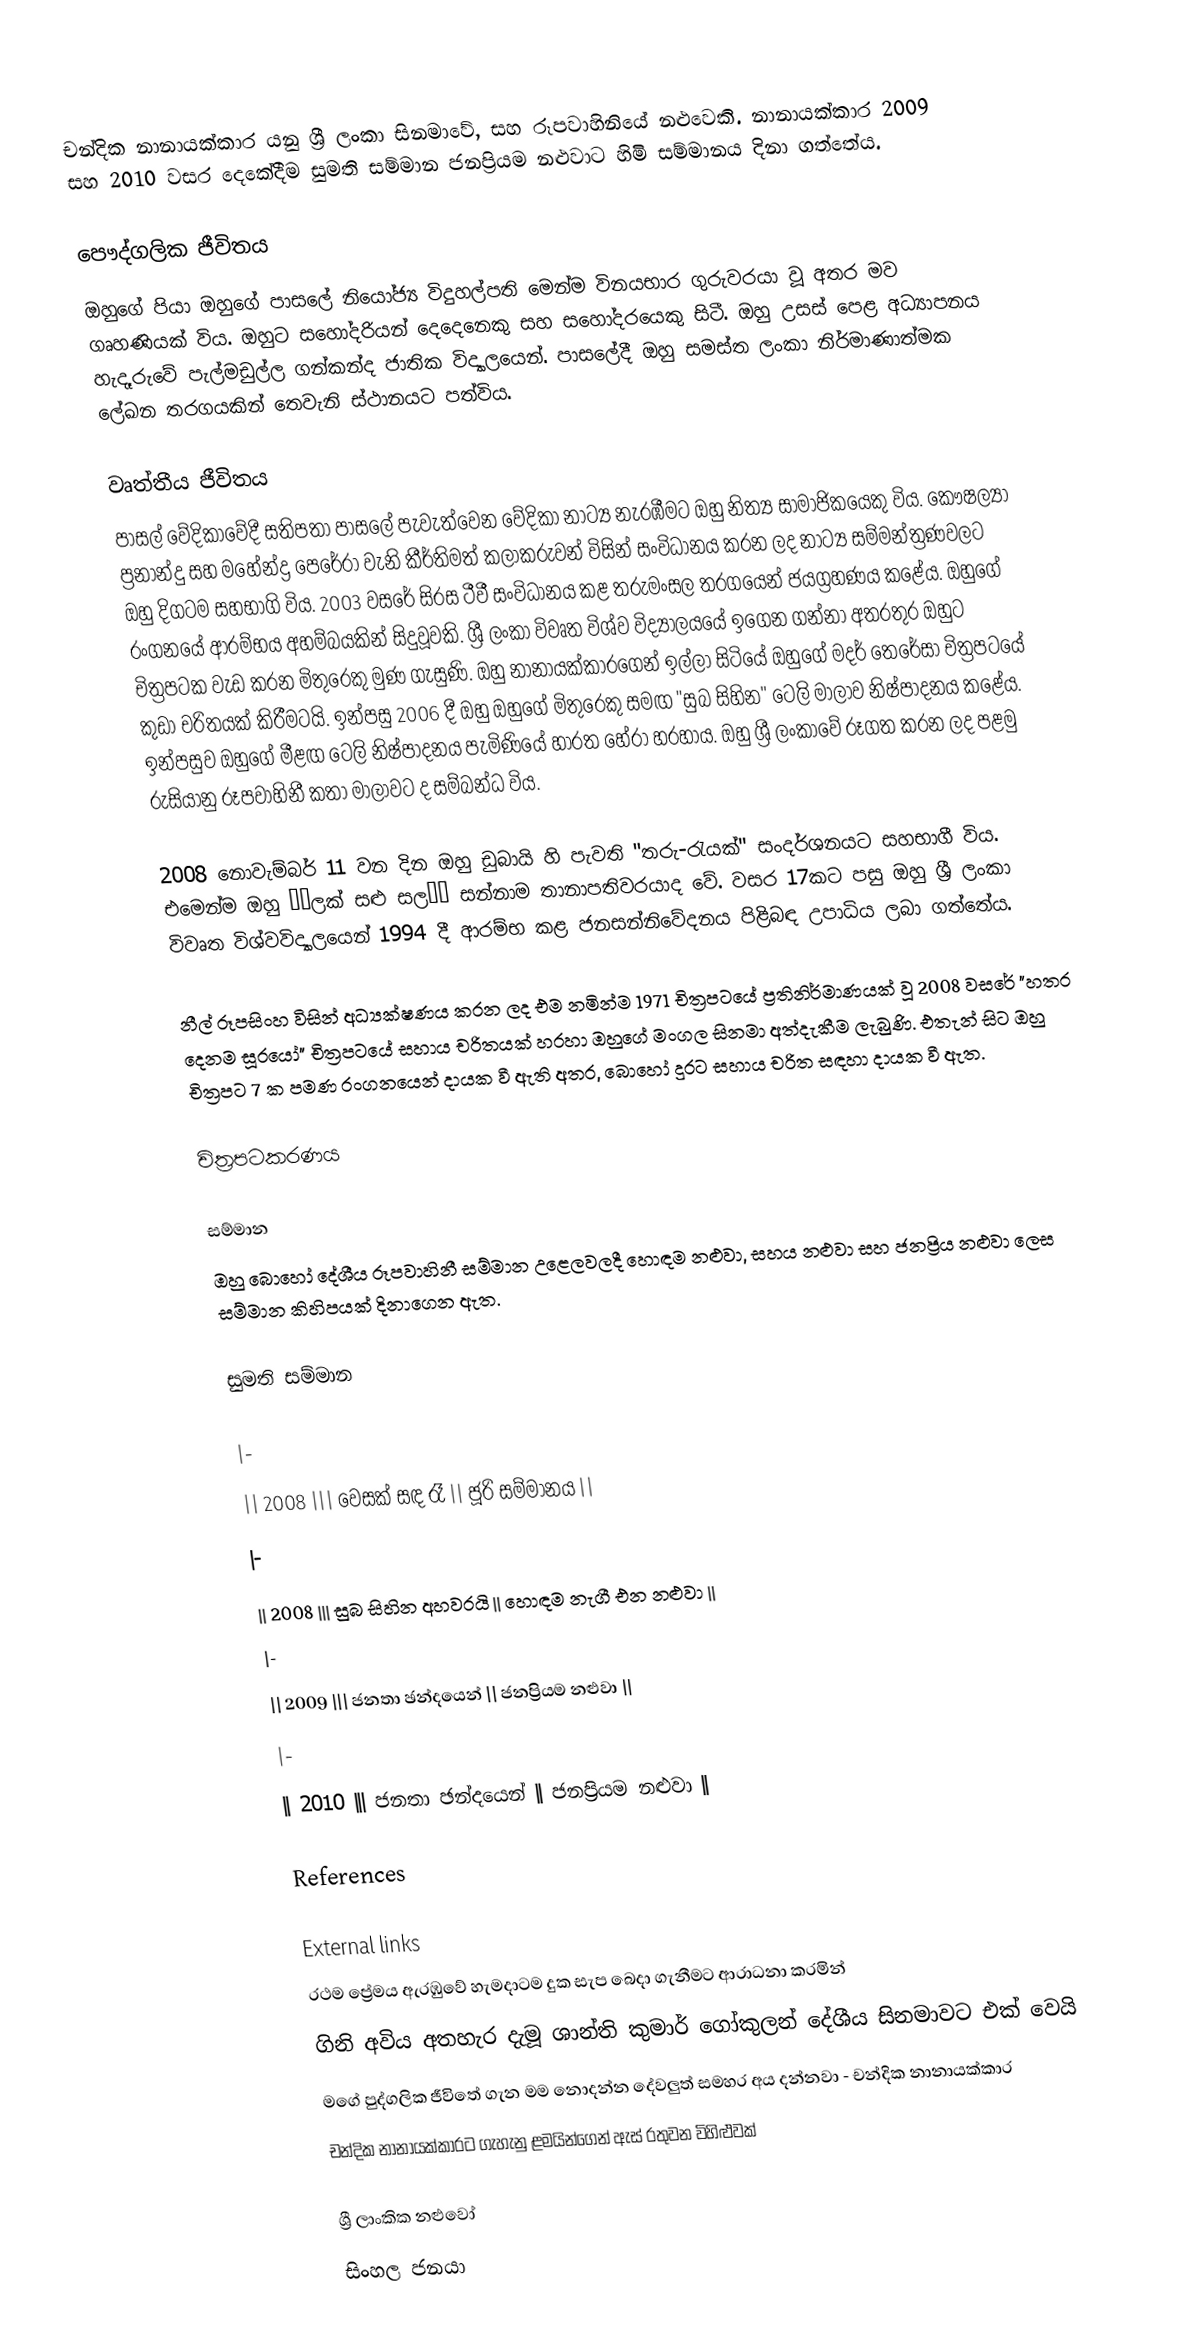
චන්දික නානායක්කාර යනු ශ්‍රී ලංකා සිනමාවේ, සහ රූපවාහිනියේ නළුවෙකි. නානායක්කාර 2009 සහ 2010 වසර දෙකේදීම සුමති සම්මාන ජනප්‍රියම නළුවාට හිමි සම්මානය දිනා ගත්තේය.

පෞද්ගලික ජීවිතය
ඔහුගේ පියා ඔහුගේ පාසලේ නියෝජ්‍ය විදුහල්පති මෙන්ම විනයභාර ගුරුවරයා වූ අතර මව ගෘහණියක් විය. ඔහුට සහෝදරියන් දෙදෙනෙකු සහ සහෝදරයෙකු සිටී. ඔහු උසස් පෙළ අධ්‍යාපනය හැදෑරුවේ පැල්මඩුල්ල ගන්කන්ද ජාතික විද්‍යාලයෙන්. පාසලේදී ඔහු සමස්ත ලංකා නිර්මාණාත්මක ලේඛන තරගයකින් තෙවැනි ස්ථානයට පත්විය.

වෘත්තීය ජීවිතය
පාසල් වේදිකාවේදී සතිපතා පාසලේ පැවැත්වෙන වේදිකා නාට්‍ය නැරඹීමට ඔහු නිත්‍ය සාමාජිකයෙකු විය. කෞෂල්‍යා ප්‍රනාන්දු සහ මහේන්ද්‍ර පෙරේරා වැනි කීර්තිමත් කලාකරුවන් විසින් සංවිධානය කරන ලද නාට්‍ය සම්මන්ත්‍රණවලට ඔහු දිගටම සහභාගි විය. 2003 වසරේ සිරස ටීවී සංවිධානය කළ තරුමංසල තරගයෙන් ජයග්‍රහණය කළේය. ඔහුගේ රංගනයේ ආරම්භය අහම්බයකින් සිදුවූවකි. ශ්‍රී ලංකා විවෘත විශ්ව විද්‍යාලයයේ ඉගෙන ගන්නා අතරතුර ඔහුට චිත්‍රපටක වැඩ කරන මිතුරෙකු මුණ ගැසුණි. ඔහු නානායක්කාරගෙන් ඉල්ලා සිටියේ ඔහුගේ මදර් තෙරේසා චිත්‍රපටයේ කුඩා චරිතයක් කිරීමටයි. ඉන්පසු 2006 දී ඔහු ඔහුගේ මිතුරෙකු සමඟ "සුබ සිහින" ටෙලි මාලාව නිෂ්පාදනය කළේය. ඉන්පසුව ඔහුගේ මීළඟ ටෙලි නිෂ්පාදනය පැමිණියේ හාරත හේරා හරහාය. ඔහු ශ්‍රී ලංකාවේ රූගත කරන ලද පළමු රුසියානු රූපවාහිනී කතා මාලාවට ද සම්බන්ධ විය.

2008 නොවැම්බර් 11 වන දින ඔහු ඩුබායි හි පැවති "තරු-රැයක්" සංදර්ශනයට සහභාගී විය. එමෙන්ම ඔහු ‘‘ලක් සළු සල’’ සන්නාම තානාපතිවරයාද වේ. වසර 17කට පසු ඔහු ශ්‍රී ලංකා විවෘත විශ්වවිද්‍යාලයෙන් 1994 දී ආරම්භ කළ ජනසන්නිවේදනය පිළිබඳ උපාධිය ලබා ගත්තේය.

නීල් රූපසිංහ විසින් අධ්‍යක්ෂණය කරන ලද එම නමින්ම 1971 චිත්‍රපටයේ ප්‍රතිනිර්මාණයක් වූ 2008 වසරේ "හතර දෙනම සූරයෝ" චිත්‍රපටයේ සහාය චරිතයක් හරහා ඔහුගේ මංගල සිනමා අත්දැකීම ලැබුණි. එතැන් සිට ඔහු චිත්‍රපට 7 ක පමණ රංගනයෙන් දායක වී ඇති අතර, බොහෝ දුරට සහාය චරිත සඳහා දායක වී ඇත.

චිත්‍රපටකරණය

සම්මාන
ඔහු බොහෝ දේශීය රූපවාහිනී සම්මාන උළෙලවලදී හොඳම නළුවා, සහය නළුවා සහ ජනප්‍රිය නළුවා ලෙස සම්මාන කිහිපයක් දිනාගෙන ඇත.

සුමති සම්මාන

|-
|| 2008 ||| වෙසක් සඳ රෑ || ජූරි සම්මානය ||
|-
|| 2008 ||| සුබ සිහින අහවරයි || හොඳම නැගී එන නළුවා ||
|-
|| 2009 ||| ජනතා ඡන්දයෙන් || ජනප්‍රියම නළුවා ||
|-
|| 2010 ||| ජනතා ඡන්දයෙන් || ජනප්‍රියම නළුවා ||

References

External links
 රථම ප්‍රේමය ඇරඹුවේ හැමදාටම දුක සැප බෙදා ගැනීමට ආරාධනා කරමින්
 ගිනි අවිය අතහැර දැමූ ශාන්ති කුමාර් ගෝකුලන් දේශීය සිනමාවට එක් වෙයි
 මගේ පුද්ගලික ජීවිතේ ගැන මම නොදන්න දේවලුත් සමහර අය දන්නවා - චන්දික නානායක්කාර
 චන්දික නානායක්කාරට ගැහැනු ළමයින්ගෙන් ඇස් රතුවන විහිළුවක්

ශ්‍රී ලාංකික නළුවෝ
සිංහල ජනයා